Account of plague administration in the Bombay Presidency from September 1896 till May 1897
Year: 1896
Disease focus: Plague
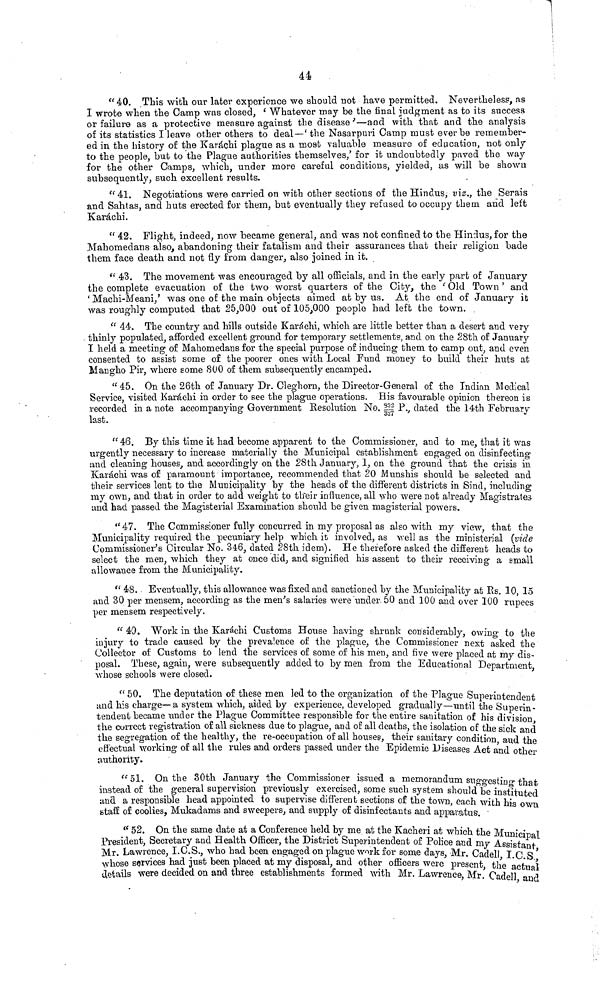
44
" 40. This with our later experience we should not have permitted. Nevertheless, as
I wrote when the Camp was closed,
e Whatever may be the final judgment as to its success
or failure as a protective measure against the disease '—and with that and the analysis
of its statistics I leave other others to deal—' the Nasarpuri Camp must ever be remember-
ed in the history of the Karachi plague as a most valuable measure of education, not only
to the people, but to the Plague authorities themselves/ for it undoubtedly paved the way
for the other Camps, which, under more careful conditions, yielded, as will be shown
subsequently, such excellent results.
"41. Negotiations were carried on with other sections of the Hindus, viz., the Serais
and Sahtas, and huts erected for them, but eventually they refused to occupy them and left
Karachi.
" 42. Flight, indeed, now became general, and was not confined to the Hindus, for the
Mahomedans also, abandoning their fatalism and their assurances that their religion bade
them face death and not fly from danger, also joined in it.
" 43. The movement was encouraged by all officials, and in the early part of January
the complete evacuation of the two worst quarters of the City, the ' Old Town ' and
' Machi-Meani/ was one of the main objects aimed at by us. At. the end of January ib
was roughly computed that 25,000 out of 105,000 people had left the town.
" 44. The country and hills outside Karachi, which are little better than a desert and very
thinly populated, afforded excellent ground for temporary settlements, and on the 28th of January
I held a meeting of Mahomedans for the special purpose of inducing them to camp out, and even
consented to assist some of the poorer ones with Local Fund money to build their huts at
Mangho Pir, where some SOO of them subsequently encamped.
"45. On the 26th of January Dr. Cleghorn, the Director-General o£ the Indian Medical
Service, visited Karachi in order to see the plague operations. His favourable opinion thereon is
recorded in a note accompanying Government Resolution No. Hr P v dated the 14th February
ι
.
o-7
**
last.
"46. By this time it had become apparent to the Commissioner, and to me, that it was
urgently necessary to increase materially the Municipal establishment engaged on disinfectin<*
and cleaning houses, and accordingly on the 28th January, 1, on the ground that the crisis in
Karachi was of paramount importance, recommended that 20 Munshis should be selected and
their services lent to the Municipality by the heads of the different districts in Sincl, includili σ
my own, and that in order to add weight to tlfeir influence, all who were not already Mao'istrates
and had passed the Magisterial Examination should be given magisterial powers.
"47. The Commissioner fully concurred in my proposal as also with my view, that the
Municipality required the pecuniary help which it involved, as well as the ministerial (vide
Commissioner's Circular No. 346, dated 28th idem). He therefore asked the different heads to
select the men, which they at once did, and signified his assent to their receiving a small
allowance from the Municipality.
" 48. Eventually, this allowance was fixed and sanctioned by the Municipality at Rs. 10, 15
and 30 per mensem, according as the men's salaries were under. 50 and 100 and over 100 rupees
per mensem respectively.
" 49. Work in the Karachi Customs House having shrunk considerably, owino· to the
injury to trade caused by the prevalence of the plague, the Commissioner next asked the
Collector of Customs to lend the services of some of his men, and five were placed at my dis-
posal. These, again, were subsequently added to by men from the Educational Department
whose schools were closed.
'
" 50. The deputation of these men led to the organization of the Plague Superintendent
and his cha,rge—a system which, aided by experience, developed gradually—until the Superin-
tendent became under the Plague Committee responsible for the entire sanitation of his division
the correct registration of all sickness due to plague, and of all deaths, the isolation of the sick and
the segregation of the healthy, the re-occupation of all houses, their sanitary condition aud the
effectual working of all the rules and orders passed under the Epidemic Diseases Aet and other
authority.
"ol. On the 30th January the _ Commissioner issued a memorandum sugo-estino- that
instead of the general supervision previously exercised, some such system shouldTbe instituted
;md a responsible head appointed to supervise different sections of the town, each with his own
staff of coolies, Mukadams and sweepers, and supply of disinfectants and apparatus.
fi 52. On the same date at a Conference held by me at the Kaeheri at which the Municir Ì
President, Secretary and Health Officer, the District Superintendent of Police and my Assista t
Mr. Lawrence, I.O.S., who had been engaged on plague work for some days, Mr. Cadell I C S
whose services had just been placed at my disposal, and other officers were present the aetu 1
details were decided on and thre.e establishments formed with Mr. Lawrence Mr ' ΓιΛρΐί
ι
?
* \f ΜΛΛνί.1.1» cl»UCi